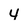
Character: 4